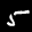
Label: 5